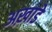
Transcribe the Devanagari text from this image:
अख़ाडे